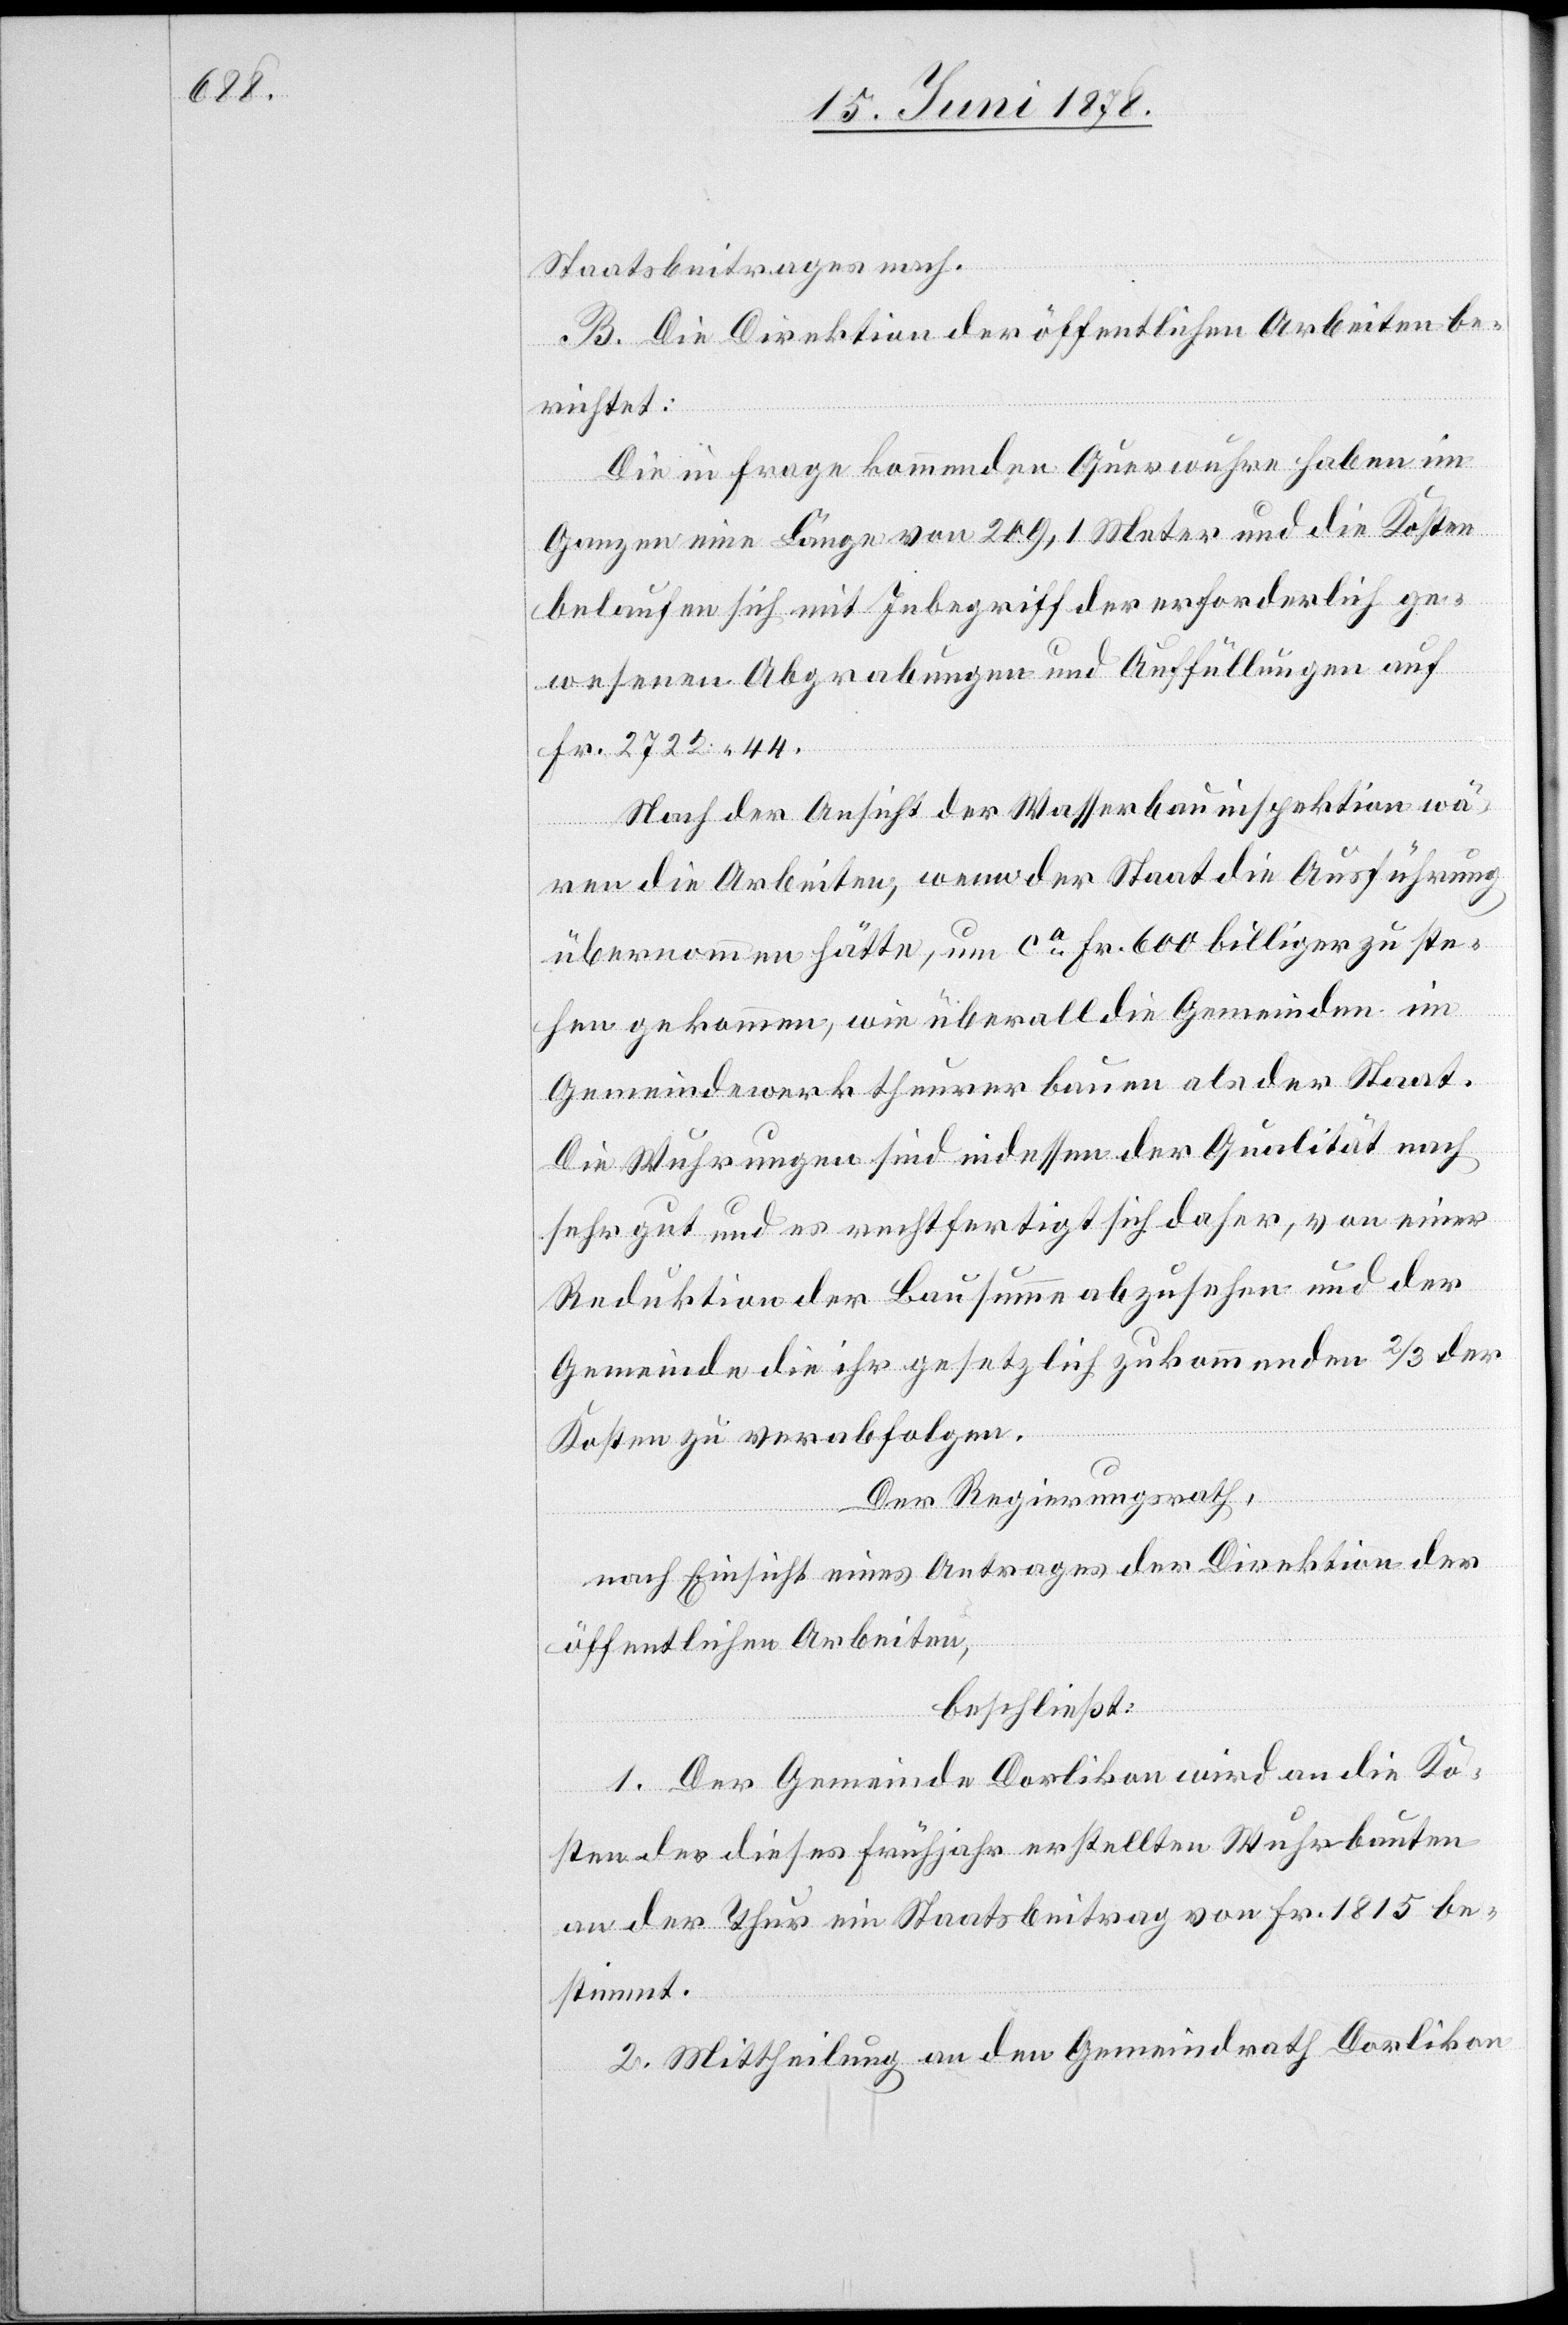
Staatsbeitrages nach.
B. Die Direktion der öffentlichen Arbeiten be¬
richtet:
Die in Frage kommenden Querwuhre haben im
Ganzen eine Länge von 209,1 Meter und die Kosten
belaufen sich mit Inbegriff der erforderlich ge¬
wesenen Abgrabungen und Auffüllungen auf
Fr. 2722. 44.
Nach der Ansicht der Wasserbauinspektion wä¬
ren die Arbeiten, wenn der Staat die Ausführung
übernommen hätte, um ca Fr. 600 billiger zu ste¬
hen gekommen, wie überall die Gemeinden im
Gemeindewerk theurer bauen als der Staat.
Die Wuhrungen sind indessen der Qualität nach
sehr gut und es rechtfertigt sich daher, von einer
Reduktion der Bausumme abzusehen und der
Gemeinde die ihr gesetzlich zukommenden 2/3 der
Kosten zu verabfolgen.
Der Regierungsrath,
nach Einsicht eines Antrages der Direktion der
öffentlichen Arbeiten,
beschließt:
1. Der Gemeinde Dorlikon wird an die Ko¬
sten der dieses Frühjahr erstellten Wuhrbauten
an der Thur ein Staatsbeitrag von Fr. 1815 be¬
stimmt.
2. Mittheilung an den Gemeindrath Dorlikon